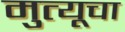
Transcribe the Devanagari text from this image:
मुत्यूचा